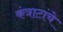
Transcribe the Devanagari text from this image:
कंत्राटांचे